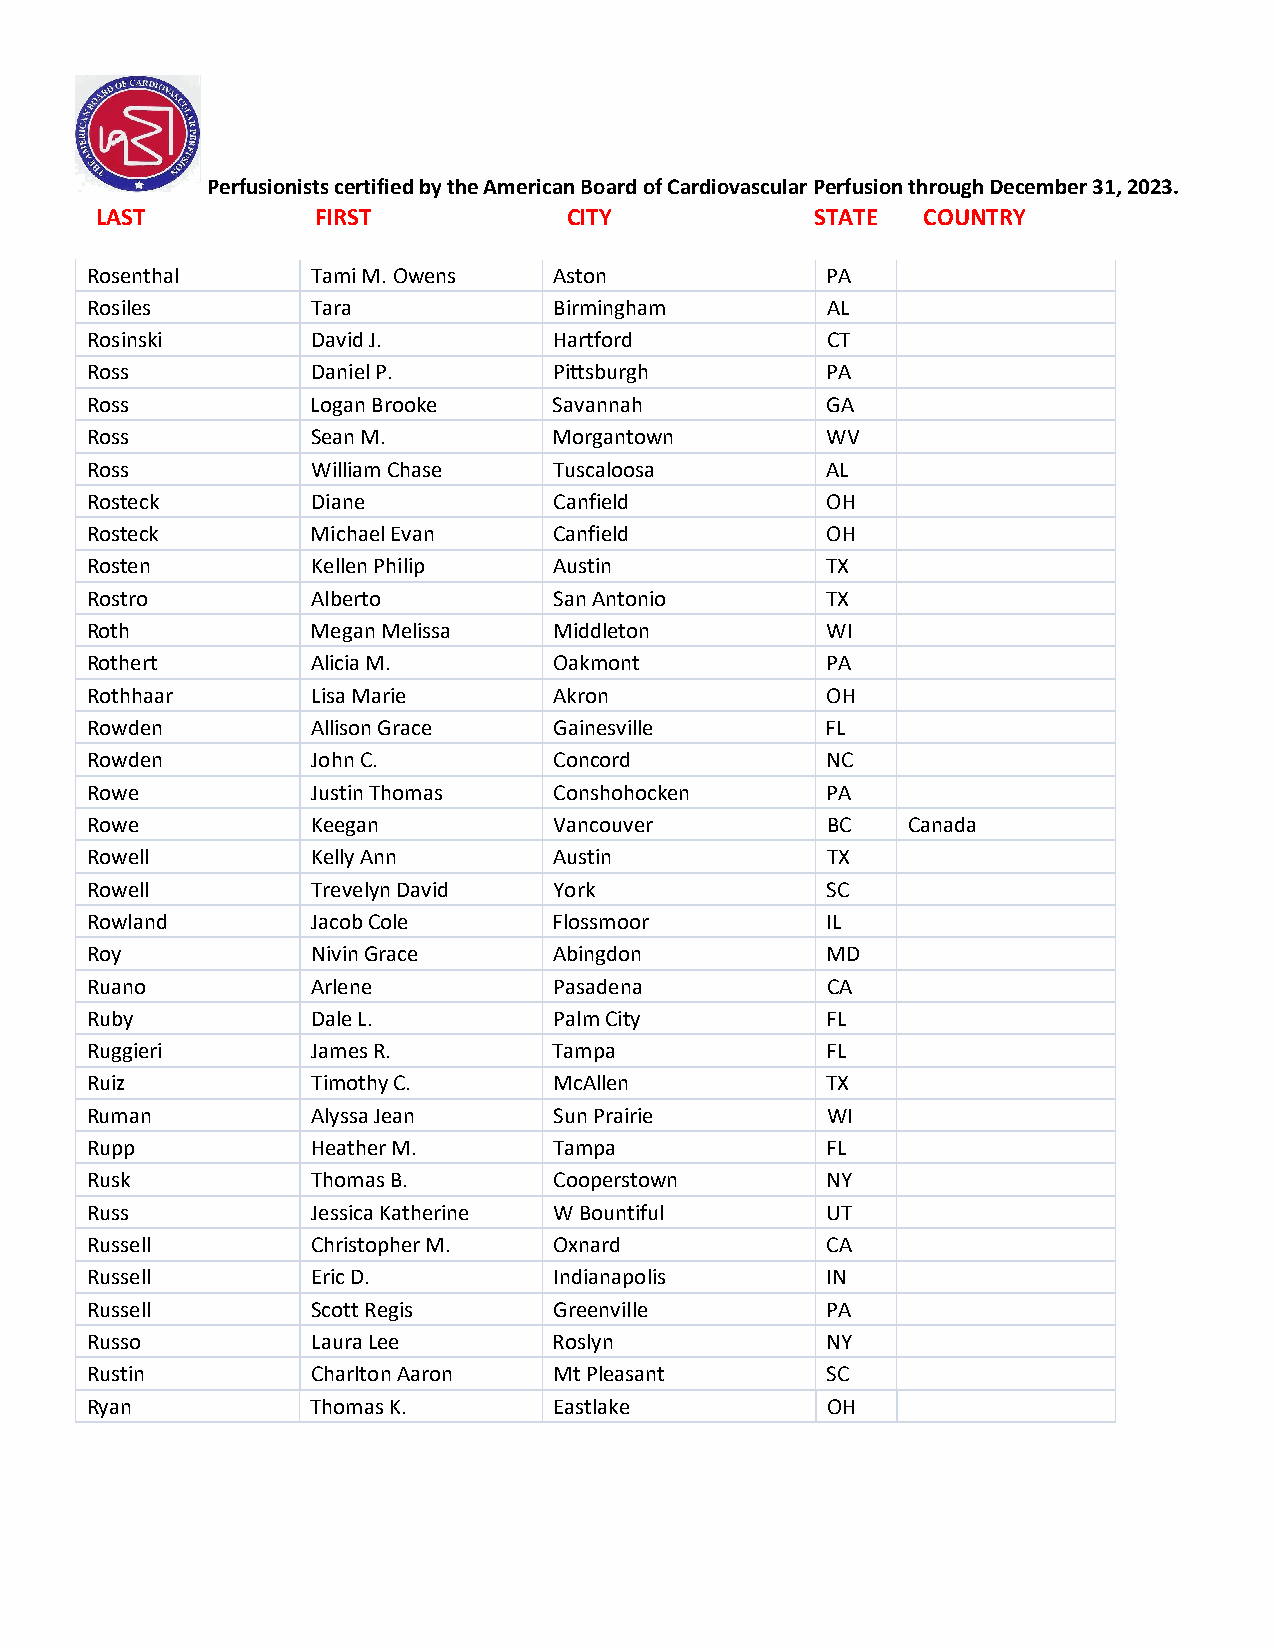
Perfusionists certified by the American Board of Cardiovascular Perfusion through December 31, 2023.
 LAST           FIRST            CITY            STATE  COUNTRY
 Rosenthal      Tami M. Owens   Aston             PA
 Rosiles        Tara            Birmingham        AL
 Rosinski       David J.        Hartford          CT
 Ross           Daniel P.       Pittsburgh        PA
 Ross           Logan Brooke    Savannah          GA
 Ross           Sean M.         Morgantown        WV
 Ross           William Chase   Tuscaloosa        AL
 Rosteck        Diane           Canfield          OH
 Rosteck        Michael Evan    Canfield          OH
 Rosten         Kellen Philip   Austin            TX
 Rostro         Alberto         San Antonio       TX
 Roth           Megan Melissa   Middleton         WI
 Rothert        Alicia M.       Oakmont           PA
 Rothhaar       Lisa Marie      Akron             OH
 Rowden         Allison Grace   Gainesville       FL
 Rowden         John C.         Concord           NC
 Rowe           Justin Thomas   Conshohocken      PA
 Rowe           Keegan          Vancouver         BC   Canada
 Rowell         Kelly Ann       Austin            TX
 Rowell         Trevelyn David  York              SC
 Rowland        Jacob Cole      Flossmoor         IL
 Roy            Nivin Grace     Abingdon          MD
 Ruano          Arlene          Pasadena          CA
 Ruby           Dale L.         Palm City         FL
 Ruggieri       James R.        Tampa             FL
 Ruiz           Timothy C.      McAllen           TX
 Ruman          Alyssa Jean     Sun Prairie       WI
 Rupp           Heather M.      Tampa             FL
 Rusk           Thomas B.       Cooperstown       NY
 Russ           Jessica Katherine W Bountiful     UT
 Russell        Christopher M.  Oxnard            CA
 Russell        Eric D.         Indianapolis      IN
 Russell        Scott Regis     Greenville        PA
 Russo          Laura Lee       Roslyn            NY
 Rustin         Charlton Aaron  Mt Pleasant       SC
 Ryan           Thomas K.       Eastlake          OH